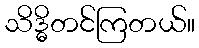
သိဒ္ဓိတင်ကြတယ်။